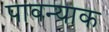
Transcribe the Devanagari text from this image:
पावन्याक